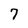
Character: 7